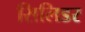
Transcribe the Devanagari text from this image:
सिलिडर